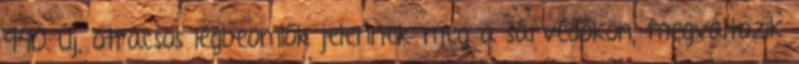
940 Új, ötrácsos légbeömlők jelennek meg a sárvédőkön; megváltozik